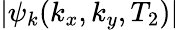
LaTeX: |\psi_{k}(k_{x},k_{y},T_{2})|